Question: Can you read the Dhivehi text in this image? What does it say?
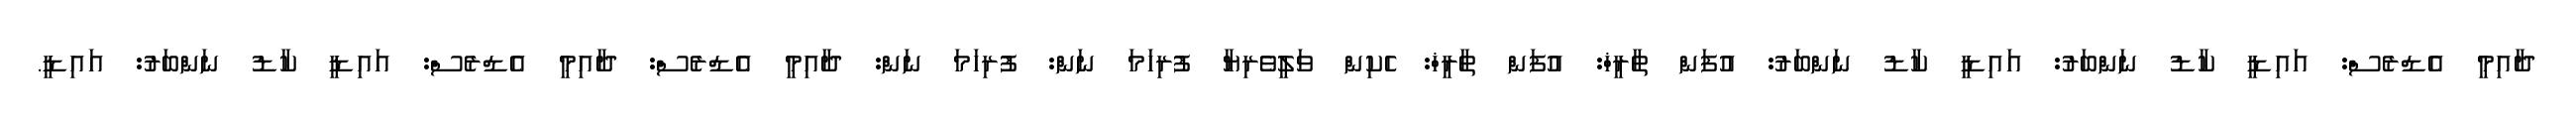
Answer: ދާއިމީ އެޑްރެސް: އައިޑީ ކާޑު ނަންބަރު: އައިޑީ ކާޑު ނަންބަރު: އުފަން ތާރީޚް: އުފަން ތާރީޚް: ހެކިން ވަލީވެރިޔާ ފުރިހަމަ ނަން: ފުރިހަމަ ނަން: ދާއިމީ އެޑްރެސް: ދާއިމީ އެޑްރެސް: އައިޑީ ކާޑު ނަންބަރު: އައިޑީ.